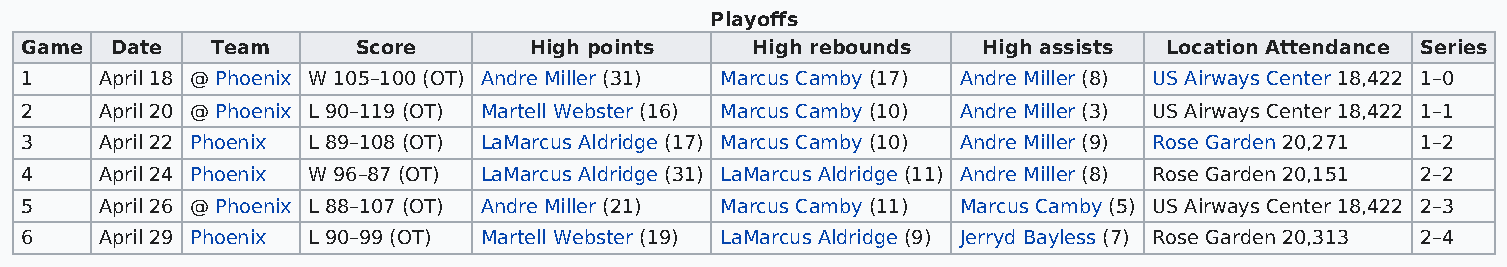
Playoffs
 Game  Date   Team      Score      High points    High rebounds  High assists Location Attendance Series
 1     April 18 @ Phoenix W 105–100 (OT) Andre Miller (31) Marcus Camby (17) Andre Miller (8) US Airways Center 18,422 1–0
 2     April 20 @ Phoenix L 90–119 (OT) Martell Webster (16) Marcus Camby (10) Andre Miller (3) US Airways Center 18,422 1–1
 3     April 22 Phoenix L 89–108 (OT) LaMarcus Aldridge (17) Marcus Camby (10) Andre Miller (9) Rose Garden 20,271 1–2
 4     April 24 Phoenix W 96–87 (OT) LaMarcus Aldridge (31) LaMarcus Aldridge (11) Andre Miller (8) Rose Garden 20,151 2–2
 5     April 26 @ Phoenix L 88–107 (OT) Andre Miller (21) Marcus Camby (11) Marcus Camby (5) US Airways Center 18,422 2–3
 6     April 29 Phoenix L 90–99 (OT) Martell Webster (19) LaMarcus Aldridge (9) Jerryd Bayless (7) Rose Garden 20,313 2–4